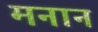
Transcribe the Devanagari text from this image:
मनान